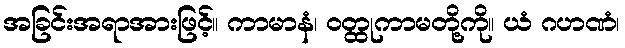
အခြင်းအရာအားဖြင့်။ ကာမာနံ၊ ဝတ္ထုကာမတို့ကို။ ယံ ဂဟဏံ၊